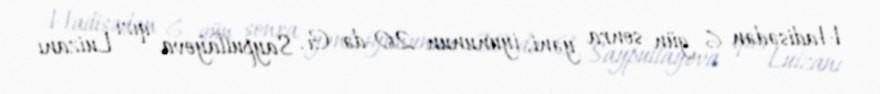
Hadisədən 6 gün sonra yəni, iyununun 20-də G. Saypullayeva qızı Luizanı